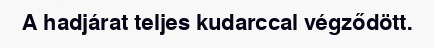
A hadjárat teljes kudarccal végződött.